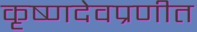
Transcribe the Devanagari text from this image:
कृष्णदेवप्रणीत